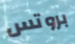
بروتس